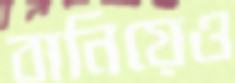
বানিয়েও